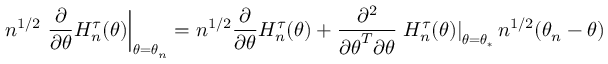
n ^ { 1 / 2 } \left. \frac { \partial } { \partial \boldsymbol { \theta } } H _ { n } ^ { \tau } ( \boldsymbol { \theta } ) \right\vert _ { \boldsymbol { \theta = \theta } _ { n } } = n ^ { 1 / 2 } \frac { \partial } { \partial \boldsymbol { \theta } } H _ { n } ^ { \tau } ( \boldsymbol { \theta } ) + \frac { \partial ^ { 2 } } { \partial \boldsymbol { \theta } ^ { T } \partial \boldsymbol { \theta } } \left. H _ { n } ^ { \tau } ( \boldsymbol { \theta } ) \right\vert _ { \boldsymbol { \theta = \theta } _ { \ast } } n ^ { 1 / 2 } ( \boldsymbol { \theta } _ { n } - \boldsymbol { \theta } )